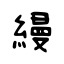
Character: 縵